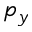
p _ { y }